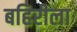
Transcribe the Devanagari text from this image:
बहिरीला